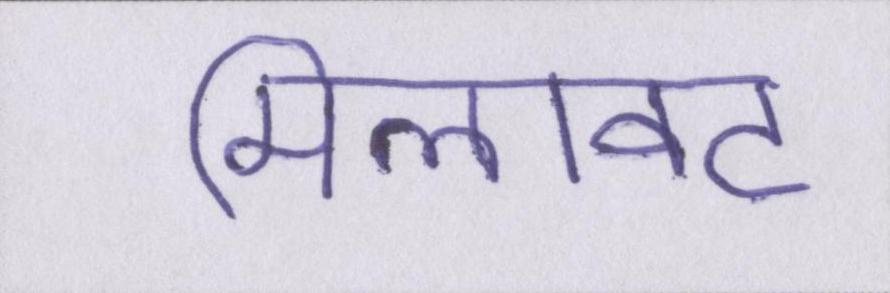
मिलावट